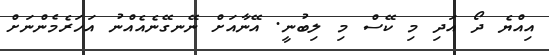
އިއްޔެ ދޯ އަދި މި ކޭސް މި ލިބުނީ. އޭނާއަށް ނޭނގޭނެއެއްނު އަހަރެމެންނަށް